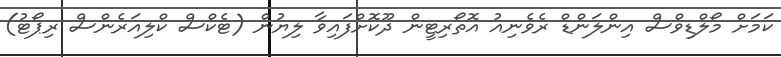
ކަމަށް މޯލްޑިވްސް އިންލަންޑް ރެވެނިއު އޮތޯރިޓީން ދޫކޮށްފައިވާ ލިޔުން (ޓެކްސް ކްލިއަރެންސް ރިޕޯޓު)